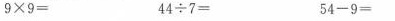
$$9 \times 9 =$$ $$4 4 \div 7 =$$ $$5 4 - 9 =$$